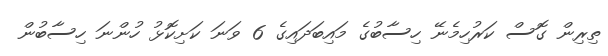
ތިރިން ގޮސް ކަރުހިމެނޭ ހިސާބުގެ މައިބަދައިގެ 6 ވަނަ ކަށިކޮޅު ހުންނަ ހިސާބުން